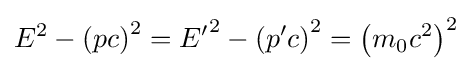
{E}^{2}-\left(pc\right)^{2}={E'}^{2}-\left(p'c\right)^{2}=\left(m_{0}c^{2}\right)^{2}